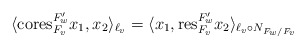
\begin{align*} \langle {\rm cores}^{F'_{w}}_{F_{v} } x_{1}, x_{2}\rangle_{\ell_{v}} = \langle x_{1}, {\rm res}^{F'_{w}}_{F_{v}} x_{2}\rangle_{\ell_{v}\circ N_{F_{w}/F_{v}}} \end{align*}